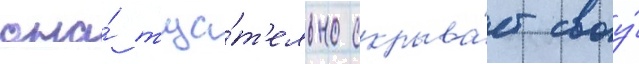
она́ тща́т'ельно скрыва́ет своу́